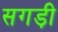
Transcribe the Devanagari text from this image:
सगड़ी